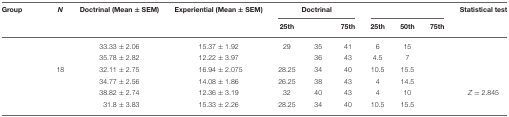
<table><thead><tr><td><b>Group</b></td><td><b><i>N</i></b></td><td><b>Doctrinal (Mean ± SEM)</b></td><td><b>Experiential (Mean ± SEM)</b></td><td colspan="3"><b>Doctrinal</b></td><td colspan="3">[EMPTY_CELL]</td><td><b>Statistical test</b></td></tr><tr><td>[EMPTY_CELL]</td><td>[EMPTY_CELL]</td><td>[EMPTY_CELL]</td><td>[EMPTY_CELL]</td><td><b>25th</b></td><td>[EMPTY_CELL]</td><td><b>75th</b></td><td><b>25th</b></td><td><b>50th</b></td><td><b>75th</b></td><td>[EMPTY_CELL]</td></tr></thead><tbody><tr><td>[EMPTY_CELL]</td><td>[EMPTY_CELL]</td><td>33.33 ± 2.06</td><td>15.37 ± 1.92</td><td>29</td><td>35</td><td>41</td><td>6</td><td>15</td><td>[EMPTY_CELL]</td><td>[EMPTY_CELL]</td></tr><tr><td>[EMPTY_CELL]</td><td>[EMPTY_CELL]</td><td>35.78 ± 2.82</td><td>12.22 ± 3.97</td><td>[EMPTY_CELL]</td><td>36</td><td>43</td><td>4.5</td><td>7</td><td>[EMPTY_CELL]</td><td>[EMPTY_CELL]</td></tr><tr><td>[EMPTY_CELL]</td><td>18</td><td>32.11 ± 2.75</td><td>16.94 ± 2.075</td><td>28.25</td><td>34</td><td>40</td><td>10.5</td><td>15.5</td><td>[EMPTY_CELL]</td><td>[EMPTY_CELL]</td></tr><tr><td>[EMPTY_CELL]</td><td>[EMPTY_CELL]</td><td>34.77 ± 2.56</td><td>14.08 ± 1.86</td><td>26.25</td><td>38</td><td>43</td><td>4</td><td>14.5</td><td>[EMPTY_CELL]</td><td>[EMPTY_CELL]</td></tr><tr><td>[EMPTY_CELL]</td><td>[EMPTY_CELL]</td><td>38.82 ± 2.74</td><td>12.36 ± 3.19</td><td>32</td><td>40</td><td>43</td><td>4</td><td>10</td><td>[EMPTY_CELL]</td><td><i>Z</i> = 2.845</td></tr><tr><td>[EMPTY_CELL]</td><td>[EMPTY_CELL]</td><td>31.8 ± 3.83</td><td>15.33 ± 2.26</td><td>28.25</td><td>34</td><td>40</td><td>10.5</td><td>15.5</td><td>[EMPTY_CELL]</td><td>[EMPTY_CELL]</td></tr></tbody></table>